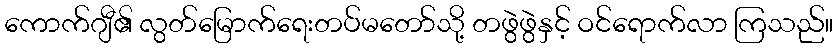
ကောက်ဂျီ၏ လွတ်မြောက်ရေးတပ်မတော်သို့ တဖွဲဖွဲနှင့် ဝင်ရောက်လာ ကြသည်။